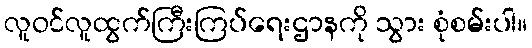
လူဝင်လူထွက်ကြီးကြပ်ရေးဌာနကို သွား စုံစမ်းပါ။